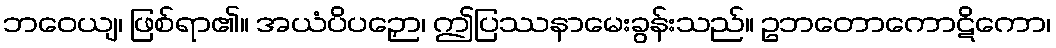
ဘဝေယျ၊ ဖြစ်ရာ၏။ အယံပိပဉှော၊ ဤပြဿနာမေးခွန်းသည်။ ဥဘတောကောဋိကော၊